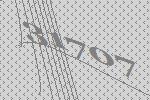
31707